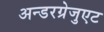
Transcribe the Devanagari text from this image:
अन्डरग्रेजुएट